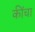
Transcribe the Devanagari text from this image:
कींचा